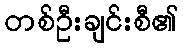
တစ်ဦးချင်းစီ၏